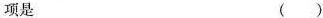
项是 ( )